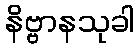
နိဗ္ဗာနသုခါ